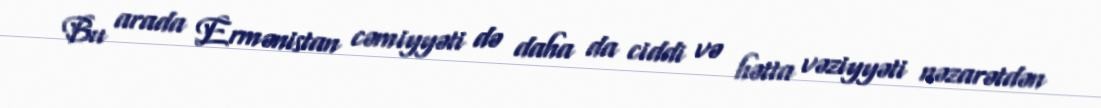
Bu arada Ermənistan cəmiyyəti də daha da ciddi və hətta vəziyyəti nəzarətdən